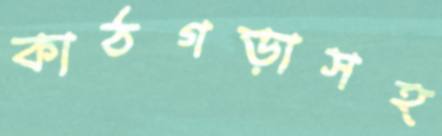
কাঠগড়াসহ